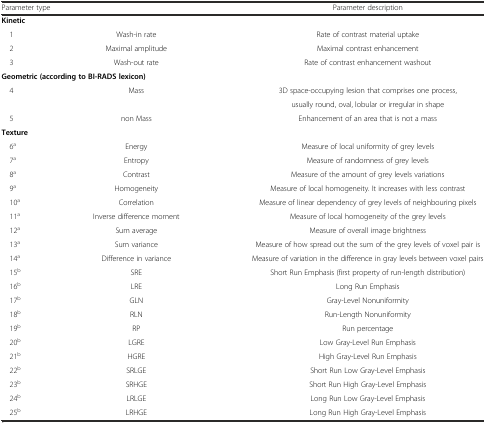
| <COLSPAN=2> Parameter type | Parameter description |
 | --- | --- | --- |
 | <COLSPAN=2> Kinetic |  |
 | 1 | Wash-in rate | Rate of contrast material uptake |
 | 2 | Maximal amplitude | Maximal contrast enhancement |
 | 3 | Wash-out rate | Rate of contrast enhancement washout |
 | <COLSPAN=3> Geometric (according to BI-RADS lexicon) |
 | 4 | Mass | 3D space-occupying lesion that comprises one process, |
 |  |  | usually round, oval, lobular or irregular in shape |
 | 5 | non Mass | Enhancement of an area that is not a mass |
 | <COLSPAN=2> Texture |  |
 | 6a | Energy | Measure of local uniformity of grey levels |
 | 7a | Entropy | Measure of randomness of grey levels |
 | 8a | Contrast | Measure of the amount of grey levels variations |
 | 9a | Homogeneity | Measure of local homogeneity. It increases with less contrast |
 | 10a | Correlation | Measure of linear dependency of grey levels of neighbouring pixels |
 | 11a | Inverse difference moment | Measure of local homogeneity of the grey levels |
 | 12a | Sum average | Measure of overall image brightness |
 | 13a | Sum variance | Measure of how spread out the sum of the grey levels of voxel pair is |
 | 14a | Difference in variance | Measure of variation in the difference in gray levels between voxel pairs |
 | 15b | SRE | Short Run Emphasis (first property of run-length distribution) |
 | 16b | LRE | Long Run Emphasis |
 | 17b | GLN | Gray-Level Nonuniformity |
 | 18b | RLN | Run-Length Nonuniformity |
 | 19b | RP | Run percentage |
 | 20b | LGRE | Low Gray-Level Run Emphasis |
 | 21b | HGRE | High Gray-Level Run Emphasis |
 | 22b | SRLGE | Short Run Low Gray-Level Emphasis |
 | 23b | SRHGE | Short Run High Gray-Level Emphasis |
 | 24b | LRLGE | Long Run Low Gray-Level Emphasis |
 | 25b | LRHGE | Long Run High Gray-Level Emphasis |